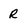
Character: R